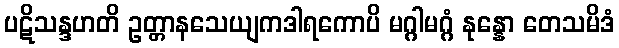
ပဋိသန္ဒဟတိ ဥတ္တာနသေယျကဒါရကောပိ မဂ္ဂါမဂ္ဂံ နုန္နော တေသမိဒံ